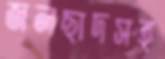
জলছাদসহ